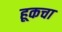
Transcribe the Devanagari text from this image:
हूकचा